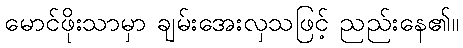
မောင်ဖိုးသာမှာ ချမ်းအေးလှသဖြင့် ညည်းနေ၏။